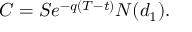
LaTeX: C = S e ^ { - q ( T - t ) } N ( d _ { 1 } ) .